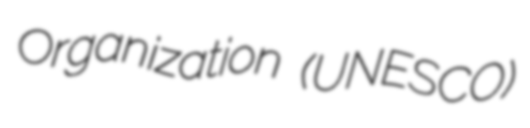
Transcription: Organization (UNESCO)